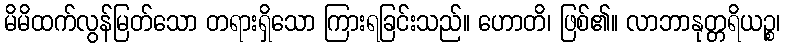
မိမိထက်လွန်မြတ်သော တရားရှိသော ကြားရခြင်းသည်။ ဟောတိ၊ ဖြစ်၏။ လာဘာနုတ္တရိယဉ္စ၊